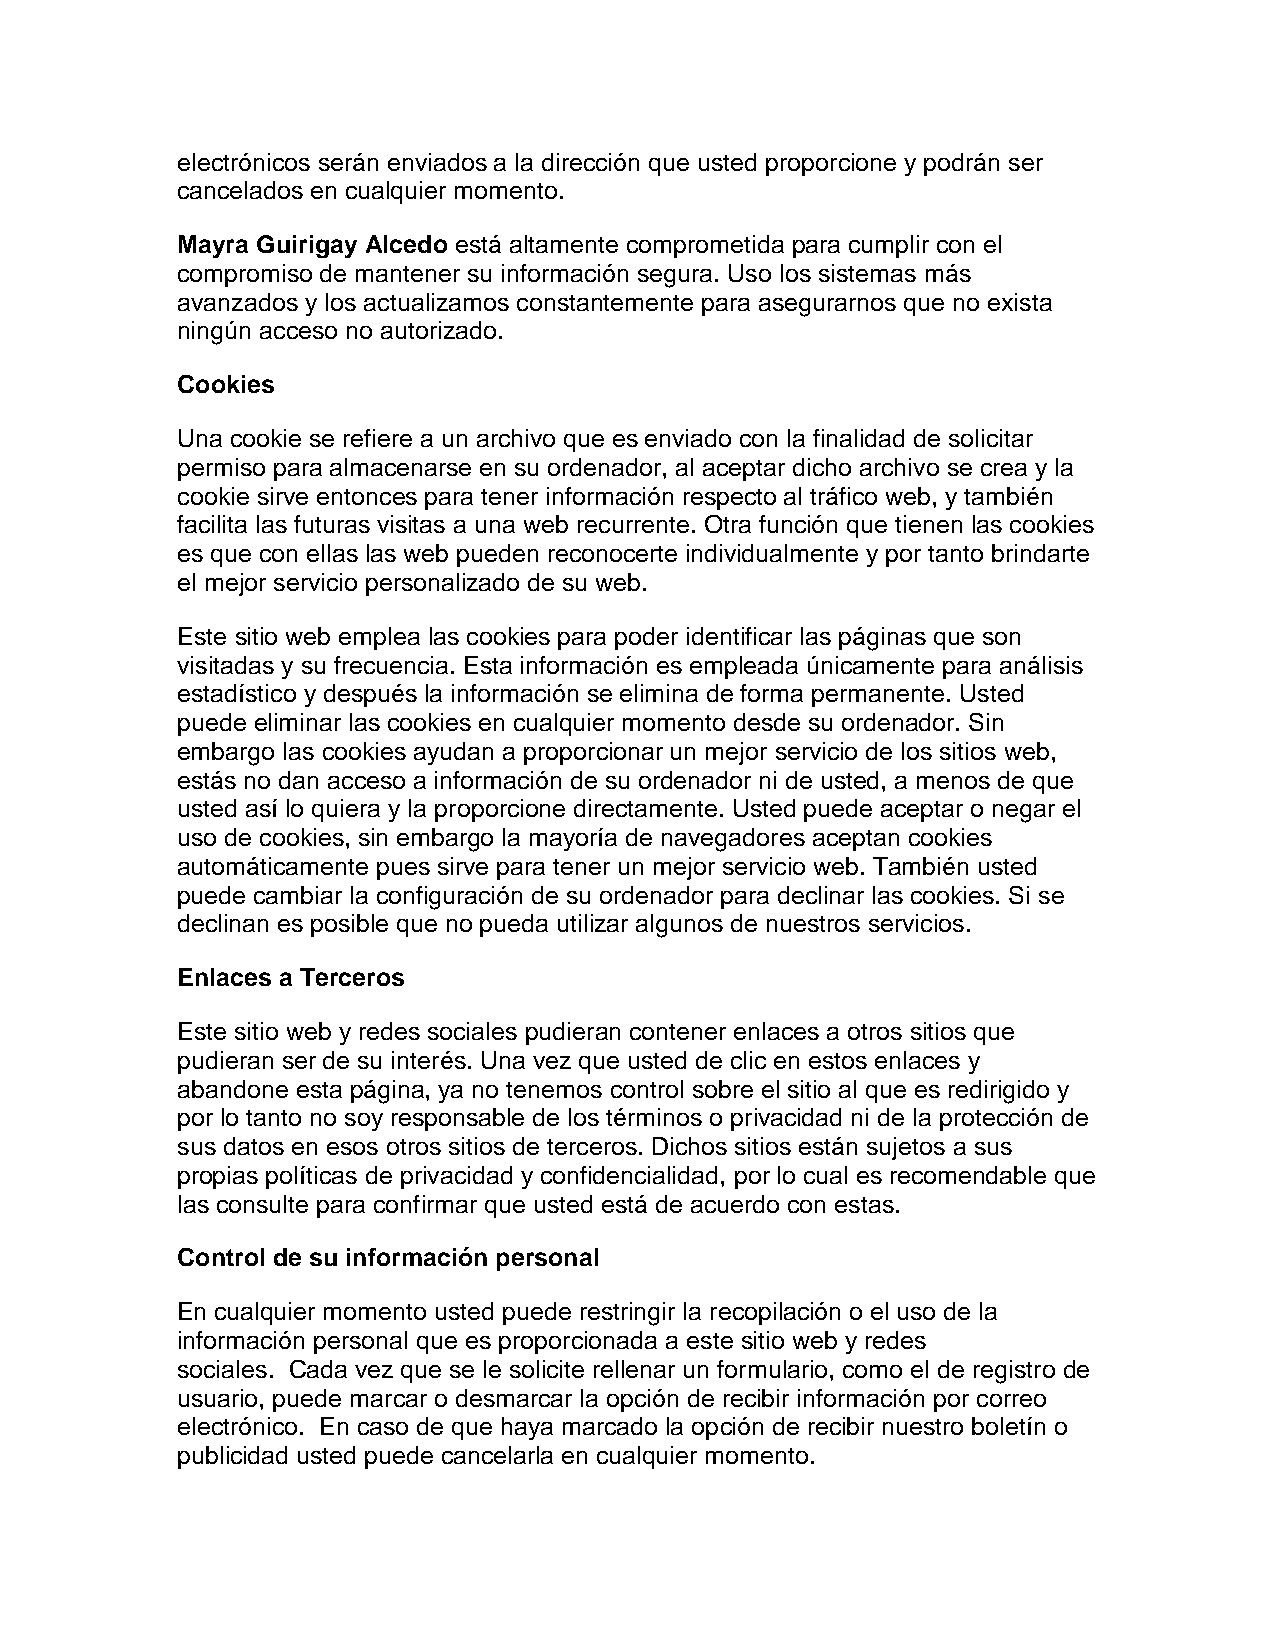
electrónicos serán enviados a la dirección que usted proporcione y podrán ser
 cancelados en cualquier momento.
 Mayra Guirigay Alcedo está altamente comprometida para cumplir con el
 compromiso de mantener su información segura. Uso los sistemas más
 avanzados y los actualizamos constantemente para asegurarnos que no exista
 ningún acceso no autorizado.
 Cookies
 Una cookie se refiere a un archivo que es enviado con la finalidad de solicitar
 permiso para almacenarse en su ordenador, al aceptar dicho archivo se crea y la
 cookie sirve entonces para tener información respecto al tráfico web, y también
 facilita las futuras visitas a una web recurrente. Otra función que tienen las cookies
 es que con ellas las web pueden reconocerte individualmente y por tanto brindarte
 el mejor servicio personalizado de su web.
 Este sitio web emplea las cookies para poder identificar las páginas que son
 visitadas y su frecuencia. Esta información es empleada únicamente para análisis
 estadístico y después la información se elimina de forma permanente. Usted
 puede eliminar las cookies en cualquier momento desde su ordenador. Sin
 embargo las cookies ayudan a proporcionar un mejor servicio de los sitios web,
 estás no dan acceso a información de su ordenador ni de usted, a menos de que
 usted así lo quiera y la proporcione directamente. Usted puede aceptar o negar el
 uso de cookies, sin embargo la mayoría de navegadores aceptan cookies
 automáticamente pues sirve para tener un mejor servicio web. También usted
 puede cambiar la configuración de su ordenador para declinar las cookies. Si se
 declinan es posible que no pueda utilizar algunos de nuestros servicios.
 Enlaces a Terceros
 Este sitio web y redes sociales pudieran contener enlaces a otros sitios que
 pudieran ser de su interés. Una vez que usted de clic en estos enlaces y
 abandone esta página, ya no tenemos control sobre el sitio al que es redirigido y
 por lo tanto no soy responsable de los términos o privacidad ni de la protección de
 sus datos en esos otros sitios de terceros. Dichos sitios están sujetos a sus
 propias políticas de privacidad y confidencialidad, por lo cual es recomendable que
 las consulte para confirmar que usted está de acuerdo con estas.
 Control de su información personal
 En cualquier momento usted puede restringir la recopilación o el uso de la
 información personal que es proporcionada a este sitio web y redes
 sociales. Cada vez que se le solicite rellenar un formulario, como el de registro de
 usuario, puede marcar o desmarcar la opción de recibir información por correo
 electrónico. En caso de que haya marcado la opción de recibir nuestro boletín o
 publicidad usted puede cancelarla en cualquier momento.